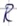
Text: R